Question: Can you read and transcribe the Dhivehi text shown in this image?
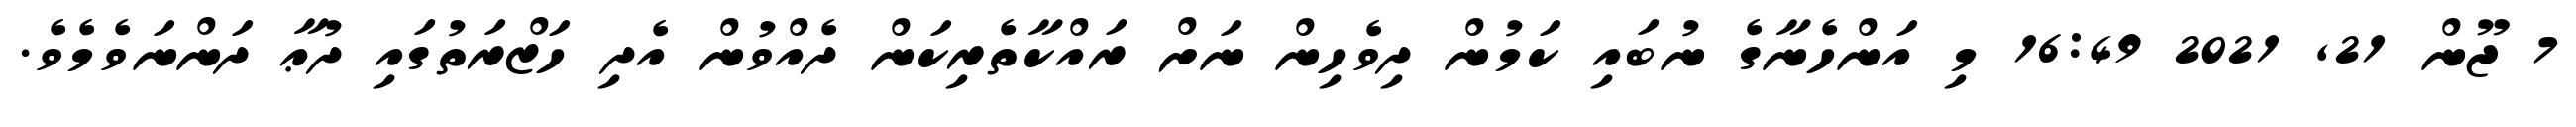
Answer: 7 ޖޫން 21, 2021 16:49 މި އަންހެނާގެ ނުބައި ކަމުން ދިވެހިން ނަށް ރައްކާތެރިކަން ދެއްވުން އެދި ހަޒްރަތުގައި ދުޢާ ދަންނަވެމެވެ.